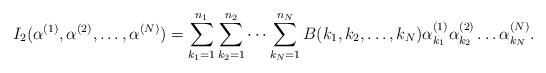
LaTeX: \begin{align*}I_2(\alpha^{(1)},\alpha^{(2)},\dots,\alpha^{(N)})=\sum\limits_{k_1=1}^{n_1}\sum\limits_{k_2=1}^{n_2}\dots\sum\limits_{k_{N}=1}^{n_N}B(k_1,k_2,\dots,k_{N})\alpha_{k_1}^{(1)}\alpha_{k_2}^{(2)}\dots\alpha_{k_{N}}^{(N)}.\end{align*}